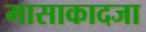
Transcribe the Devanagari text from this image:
मासाकादजा